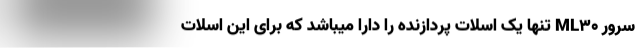
سرور ML30 تنها یک اسلات پردازنده را دارا میباشد که برای این اسلات